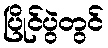
ပြိုင်ပွဲတွင်